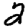
Digit: 2